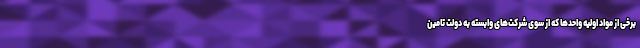
برخی از مواد اولیه واحدها که از سوی شرکت‌های وابسته به دولت تامین